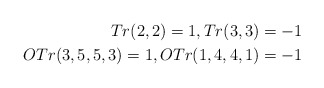
\begin{align*}Tr(2,2) = 1, Tr(3,3) = -1\\ OTr(3,5,5,3) = 1, OTr(1,4,4,1) = -1\end{align*}